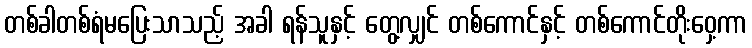
တစ်ခါတစ်ရံမပြေးသာသည့် အခါ ရန်သူနှင့် တွေ့လျှင် တစ်ကောင်နှင့် တစ်ကောင်တိုးဝှေ့ကာ